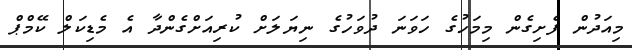
މިއަދުން ފެށިގެން މިމަހުގެ ހަވަނަ ދުވަހުގެ ނިޔަލަށް ކުރިއަށްގެންދާ އެ މެޑިކަލް ކޭމްޕް